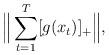
LaTeX: \begin{align*}\Big\|\sum_{t=1}^T[g(x_{t})]_+\Big\|,\end{align*}